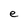
Character: e